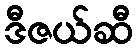
ဒီဇယ်ဆီ